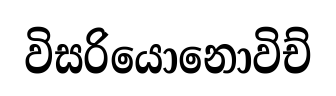
විසරියොනොවිච්